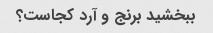
ببخشید برنج و آرد کجاست؟